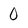
Character: 0